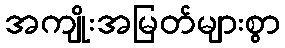
အကျိုးအမြတ်များစွာ